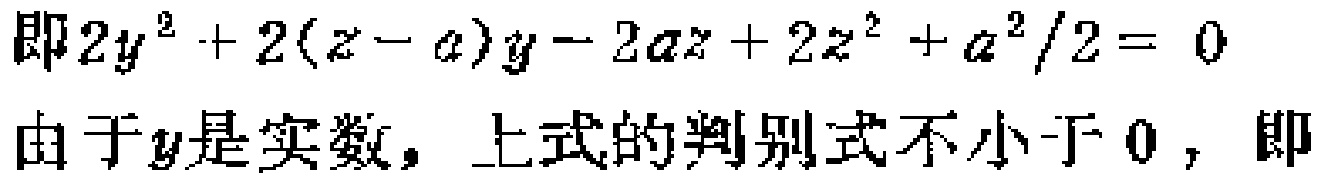
即\(2y^{2}+2(z - a)y - 2az + 2z^{2}+\frac{a^{2}}{2}=0\)
由于\(y\)是实数，上式的判别式不小于\(0\)，即